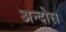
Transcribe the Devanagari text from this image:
अन्दोरा